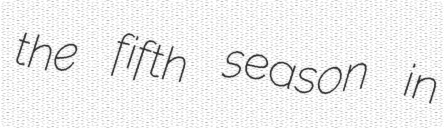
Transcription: the fifth season in